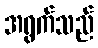
အရွက်သည်